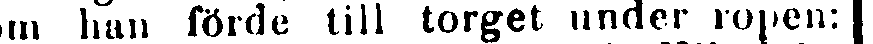
som han förde till torget under ropen: